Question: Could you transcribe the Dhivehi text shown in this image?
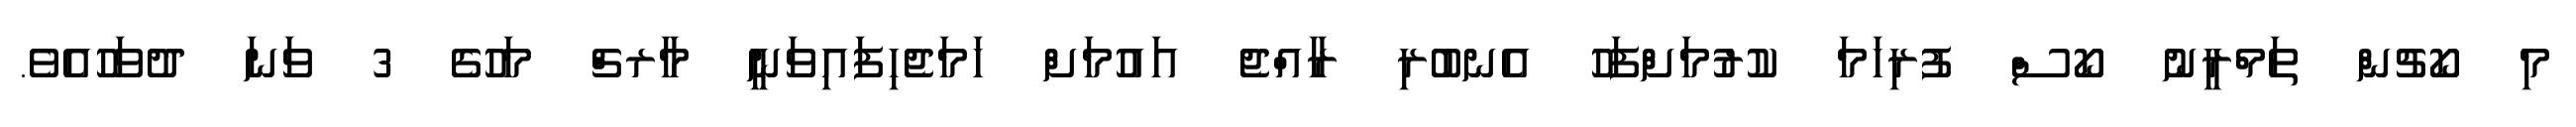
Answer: މި ކޯޗުން ތަމްރީނު ކޯސް ފުރިހަމަ ކުރުމަށްފަހު އެނބުރި ރާއްޖެ އައުމަށް ހަމަޖެހިފައިވަނީ މާރޗް މަހުގެ 3 ވަނަ ދުވަހުއެވެ.